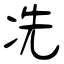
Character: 冼